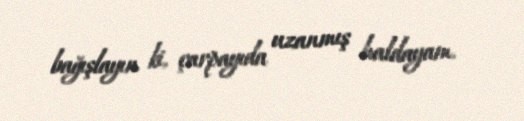
bağışlayın ki, çarpayıda uzanmış haldayam.